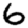
Digit: 6